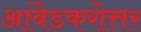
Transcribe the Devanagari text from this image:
आंबेडकरोत्तर